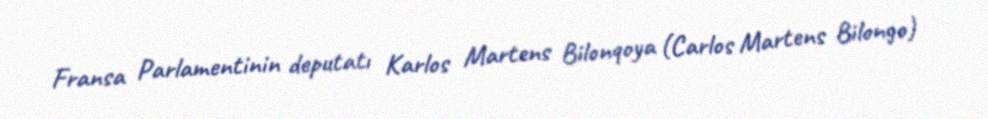
Fransa Parlamentinin deputatı Karlos Martens Bilonqoya (Carlos Martens Bilongo)